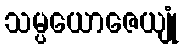
သမ္ပယောဇေယျုံ